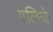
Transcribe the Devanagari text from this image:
एलिजे